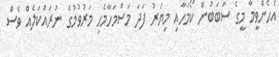
އެހެންވީމާ މީގެ ސަބަބުން ކޯމަހާއި މިޔަރު ފަދަ މަސްމަހާމެހި މަރުވުމުގެ ނުރައްކަލެއް ވެސް